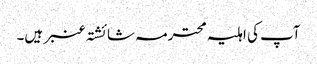
آپ کی اہلیہ محترمہ شائشتہ عنبر ہیں۔